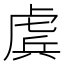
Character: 𧇀